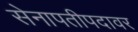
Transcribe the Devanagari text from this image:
सेनापतीपदावर